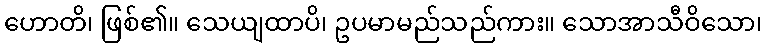
ဟောတိ၊ ဖြစ်၏။ သေယျထာပိ၊ ဥပမာမည်သည်ကား။ သောအာသီဝိသော၊